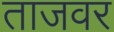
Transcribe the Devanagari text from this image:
ताजवर